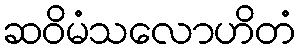
ဆဝိမံသလောဟိတံ